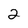
Character: 2